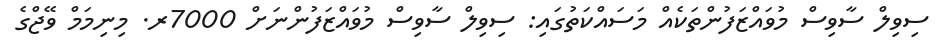
ސިވިލް ސާވިސް މުވައްޒަފުންތަކެއް މަސައްކަތުގައި: ސިވިލް ސާވިސް މުވައްޒަފުންނަށް 7000ރ. މިނިމަމް ވޭޖްގެ